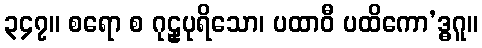
၃၄၇။ စရော စ ဂုဠှပုရိသော၊ ပထာဝီ ပထိကော’ဒ္ဓဂူ။